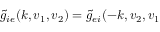
{ \widetilde { g } _ { i e } ( \boldsymbol { k } , \boldsymbol { v } _ { 1 } , \boldsymbol { v } _ { 2 } ) = \widetilde { g } _ { e i } ( - \boldsymbol { k } , \boldsymbol { v } _ { 2 } , \boldsymbol { v } _ { 1 } }